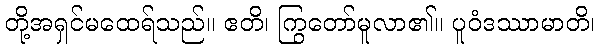
တို့အရှင်မထေရ်သည်။ ဧတိ၊ ကြွတော်မူလာ၏။ ပူဝံဒဿာမာတိ၊